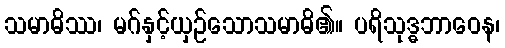
သမာဓိဿ၊ မဂ်နှင့်ယှဉ်သောသမာဓိ၏။ ပရိသုဒ္ဓဘာဝေန၊